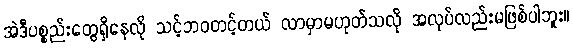
အဲဒီပစ္စည်းတွေရှိနေလို သင့်ဘဝတင့်တယ် လာမှာမဟုတ်သလို အလုပ်လည်းမဖြစ်ပါဘူး။